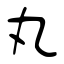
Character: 丸